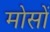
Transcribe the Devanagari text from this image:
मोसों